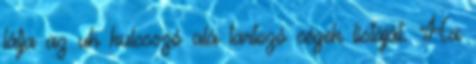
látja az uh kulcsszó alá tartozó cégek listáját. Ha